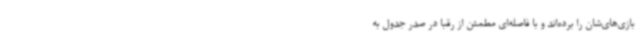
بازی‌های‌شان را برده‌اند و با فاصله‌ای مطمئن از رقبا در صدر جدول به